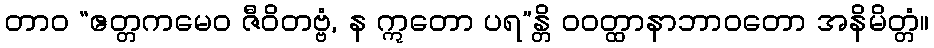
တာဝ “ဧတ္တကမေဝ ဇီဝိတဗ္ဗံ, န ဣတော ပရ”န္တိ ဝဝတ္ထာနာဘာဝတော အနိမိတ္တံ။